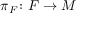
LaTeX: \pi _ { F } \colon F \to M